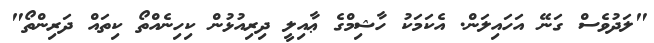
"ލަދުވެސް ގަނޭ އަހައިލަން. އެކަމަކު ހާޝިމްގެ ޢާއިލީ ދިރިއުޅުން ކިހިނެއްތޯ ކިތައް ދަރިންތޯ"